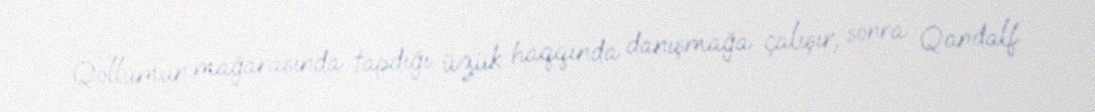
Qollumun mağarasında tapdığı üzük haqqında danışmağa çalışır, sonra Qandalf